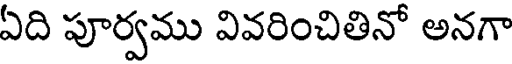
ఏది పూర్వము వివరించితినో అనగా